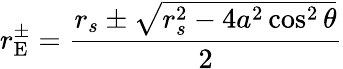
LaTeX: r_{\mathrm{{E}}}^{\pm}={\frac{r_{s}\pm{\sqrt{r_{s}^{2}-4a^{2}\cos^{2}\theta}}}{2}}